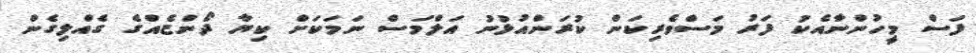
ފަސް މީހުންނާއެކު ފަރު މަސްވެރިކަން ކުރަންއުޅުނު އަލްމަސް ނަމަކަށް ކިޔާ ދޯންޏެއްގެ ގެއްލިގެން